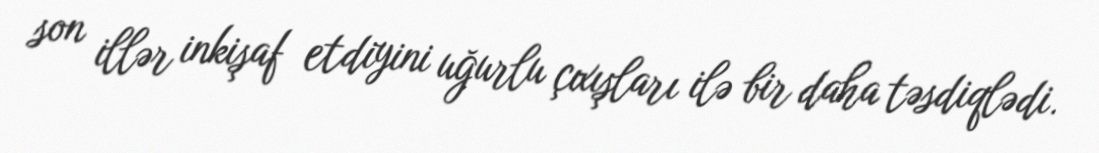
son illər inkişaf etdiyini uğurlu çıxışları ilə bir daha təsdiqlədi.